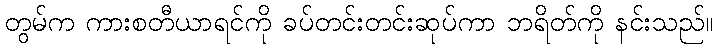
တွမ်က ကားစတီယာရင်ကို ခပ်တင်းတင်းဆုပ်ကာ ဘရိတ်ကို နင်းသည်။